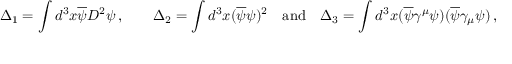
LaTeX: \Delta _ { 1 } = \int d ^ { 3 } x \overline { { \psi } } D ^ { 2 } \psi \, , \qquad \Delta _ { 2 } = \int d ^ { 3 } x ( \overline { { \psi } } \psi ) ^ { 2 } \quad \mathrm { a n d } \quad \Delta _ { 3 } = \int d ^ { 3 } x ( \overline { { \psi } } \gamma ^ { \mu } \psi ) ( \overline { { \psi } } \gamma _ { \mu } \psi ) \, ,